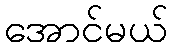
အောင်မယ်